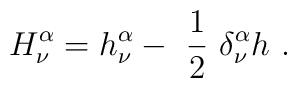
H^{\alpha}_{\nu}=h^{\alpha}_{\nu}-\ \frac{1}{2}\ \delta^{\alpha}_{\nu}h\ .